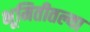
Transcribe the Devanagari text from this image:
भूमितीतल्या